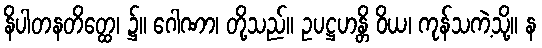
နိပါတနတိတ္ထေ၊ ၌။ ဂေါဏာ၊ တို့သည်။ ဥပဋ္ဌဟန္တိ ဝိယ၊ ကုန်သကဲ့သို့။ န